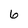
Character: 6